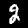
Digit: 2